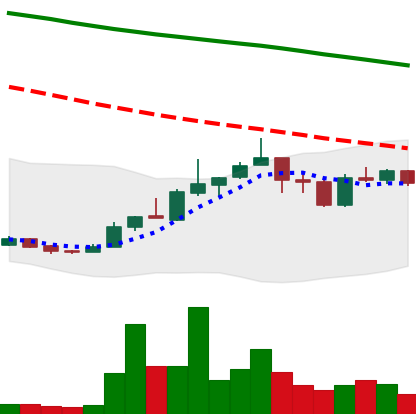
Ticker: ADA-USD
Chart end date: 2018-12-31
Forward return: 8.86%
Label: up_7plus